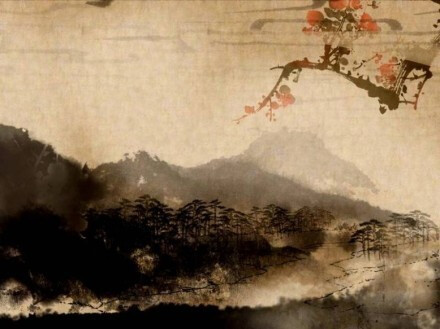
辕门菊酒生豪兴，雁塞风云惬壮游。